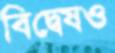
বিদ্বেষও